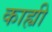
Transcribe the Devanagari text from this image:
काह्यी